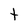
Character: t